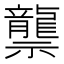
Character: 龒